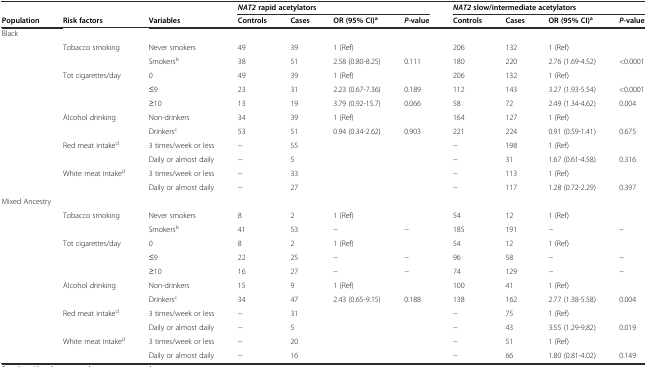
<table><thead><tr><td></td><td></td><td></td><td colspan="4"><b><i>NAT2</i> rapid acetylators</b></td><td colspan="4"><b><i>NAT2</i> slow/intermediate acetylators</b></td></tr><tr><td><b>Population</b></td><td><b>Risk factors</b></td><td><b>Variables</b></td><td><b>Controls</b></td><td><b>Cases</b></td><td><b>OR (95% CI)<sup>a</sup></b></td><td><b><i>P-</i>value</b></td><td><b>Controls</b></td><td><b>Cases</b></td><td><b>OR (95% CI)<sup>a</sup></b></td><td><b><i>P-</i>value</b></td></tr></thead><tbody><tr><td>Black</td><td></td><td></td><td></td><td></td><td></td><td></td><td></td><td></td><td></td><td></td></tr><tr><td></td><td>Tobacco smoking</td><td>Never smokers</td><td>49</td><td>39</td><td>1 (Ref)</td><td></td><td>206</td><td>132</td><td>1 (Ref)</td><td></td></tr><tr><td></td><td></td><td>Smokers<sup>b</sup></td><td>38</td><td>51</td><td>2.58 (0.80-8.25)</td><td>0.111</td><td>180</td><td>220</td><td>2.76 (1.69-4.52)</td><td>&lt;0.0001</td></tr><tr><td></td><td>Tot cigarettes/day</td><td>0</td><td>49</td><td>39</td><td>1 (Ref)</td><td></td><td>206</td><td>132</td><td>1 (Ref)</td><td></td></tr><tr><td></td><td></td><td>≤9</td><td>23</td><td>31</td><td>2.23 (0.67-7.36)</td><td>0.189</td><td>112</td><td>143</td><td>3.27 (1.93-5.54)</td><td>&lt;0.0001</td></tr><tr><td></td><td></td><td>≥10</td><td>13</td><td>19</td><td>3.79 (0.92-15.7)</td><td>0.066</td><td>58</td><td>72</td><td>2.49 (1.34-4.62)</td><td>0.004</td></tr><tr><td></td><td>Alcohol drinking</td><td>Non-drinkers</td><td>34</td><td>39</td><td>1 (Ref)</td><td></td><td>164</td><td>127</td><td>1 (Ref)</td><td></td></tr><tr><td></td><td></td><td>Drinkers<sup>c</sup></td><td>53</td><td>51</td><td>0.94 (0.34-2.62)</td><td>0.903</td><td>221</td><td>224</td><td>0.91 (0.59-1.41)</td><td>0.675</td></tr><tr><td></td><td>Red meat intake<sup>d</sup></td><td>3 times/week or less</td><td>−</td><td>55</td><td></td><td></td><td>−</td><td>198</td><td>1 (Ref)</td><td></td></tr><tr><td></td><td></td><td>Daily or almost daily</td><td>−</td><td>5</td><td></td><td></td><td>−</td><td>31</td><td>1.67 (0.61-4.58)</td><td>0.316</td></tr><tr><td></td><td>White meat intake<sup>d</sup></td><td>3 times/week or less</td><td>−</td><td>33</td><td></td><td></td><td>−</td><td>113</td><td>1 (Ref)</td><td></td></tr><tr><td></td><td></td><td>Daily or almost daily</td><td>−</td><td>27</td><td></td><td></td><td>−</td><td>117</td><td>1.28 (0.72-2.29)</td><td>0.397</td></tr><tr><td colspan="2">Mixed Ancestry</td><td></td><td></td><td></td><td></td><td></td><td></td><td></td><td></td><td></td></tr><tr><td></td><td>Tobacco smoking</td><td>Never smokers</td><td>8</td><td>2</td><td>1 (Ref)</td><td></td><td>54</td><td>12</td><td>1 (Ref)</td><td></td></tr><tr><td></td><td></td><td>Smokers<sup>b</sup></td><td>41</td><td>53</td><td>−</td><td>−</td><td>185</td><td>191</td><td>−</td><td>−</td></tr><tr><td></td><td>Tot cigarettes/day</td><td>0</td><td>8</td><td>2</td><td>1 (Ref)</td><td></td><td>54</td><td>12</td><td>1 (Ref)</td><td></td></tr><tr><td></td><td></td><td>≤9</td><td>22</td><td>25</td><td>−</td><td>−</td><td>96</td><td>58</td><td>−</td><td>−</td></tr><tr><td></td><td></td><td>≥10</td><td>16</td><td>27</td><td>−</td><td>−</td><td>74</td><td>129</td><td>−</td><td>−</td></tr><tr><td></td><td>Alcohol drinking</td><td>Non-drinkers</td><td>15</td><td>9</td><td>1 (Ref)</td><td></td><td>100</td><td>41</td><td>1 (Ref)</td><td></td></tr><tr><td></td><td></td><td>Drinkers<sup>c</sup></td><td>34</td><td>47</td><td>2.43 (0.65-9.15)</td><td>0.188</td><td>138</td><td>162</td><td>2.77 (1.38-5.58)</td><td>0.004</td></tr><tr><td></td><td>Red meat intake<sup>d</sup></td><td>3 times/week or less</td><td>−</td><td>31</td><td></td><td></td><td>−</td><td>75</td><td>1 (Ref)</td><td></td></tr><tr><td></td><td></td><td>Daily or almost daily</td><td>−</td><td>5</td><td></td><td></td><td>−</td><td>43</td><td>3.55 (1.29-9.82)</td><td>0.019</td></tr><tr><td></td><td>White meat intake<sup>d</sup></td><td>3 times/week or less</td><td>−</td><td>20</td><td></td><td></td><td>−</td><td>51</td><td>1 (Ref)</td><td></td></tr><tr><td></td><td></td><td>Daily or almost daily</td><td>−</td><td>16</td><td></td><td></td><td>−</td><td>66</td><td>1.80 (0.81-4.02)</td><td>0.149</td></tr></tbody></table>